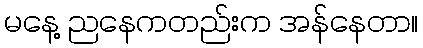
မနေ့ ညနေကတည်းက အန်နေတာ။